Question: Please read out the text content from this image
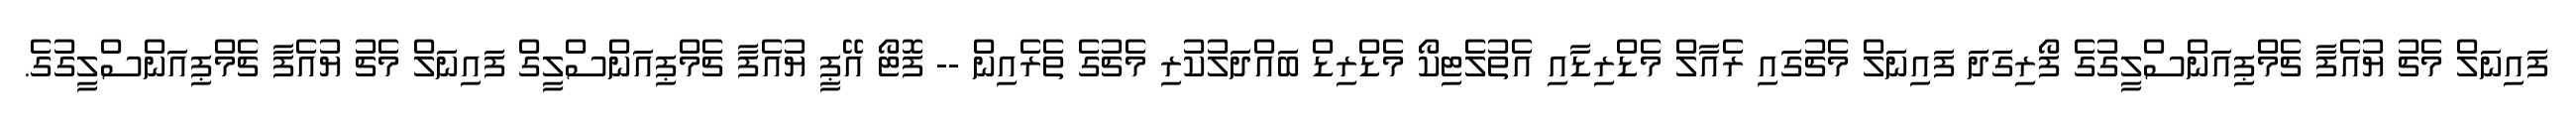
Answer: ފައިނަލް މެޗު ޔުއެފާ ޗެމްޕިއަންސްލީގުގެ ފޯރިގަދަ ފައިނަލް މެޗުގައި ރެއާލް މެޑްރިޑާއި އެތުލެޓިކޯ މެޑްރިޑް ބައްދަލުކުރި މެޗުގެ ތެރެއިން -- ފޮޓޯ އޭޕީ ޔުއެފާ ޗެމްޕިއަންސްލީގް ފައިނަލް މެޗު ޔުއެފާ ޗެމްޕިއަންސްލީގުގެ.